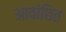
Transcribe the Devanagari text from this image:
आवांछित